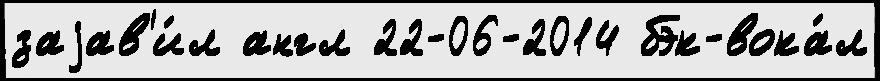
заjав'и́л англ 22-06-2014 бэк-вока́л